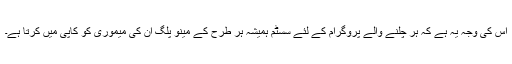
اس کی وجہ یہ ہے کہ ہر چلنے والے پروگرام کے لئے سسٹم ہمیشہ ہر طرح کے مینو پلگ ان کی میموری کو کاپی میں کرتا ہے۔